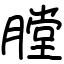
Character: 膛